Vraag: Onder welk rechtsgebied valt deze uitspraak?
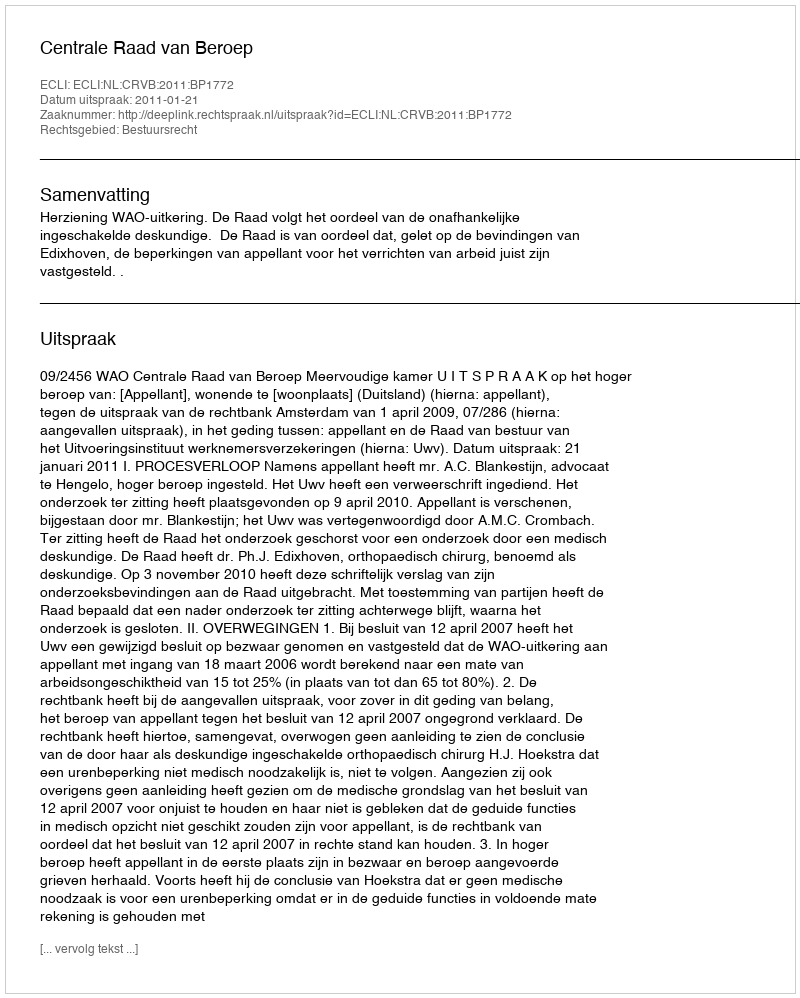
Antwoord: Bestuursrecht